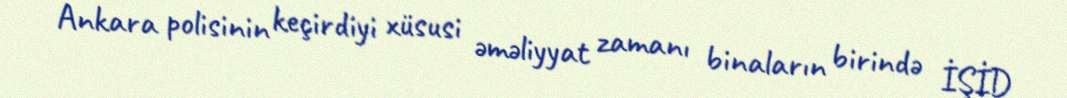
Ankara polisinin keçirdiyi xüsusi əməliyyat zamanı binaların birində İŞİD